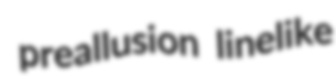
preallusion linelike